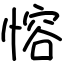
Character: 愹